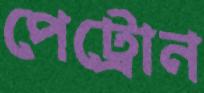
পেট্রোন